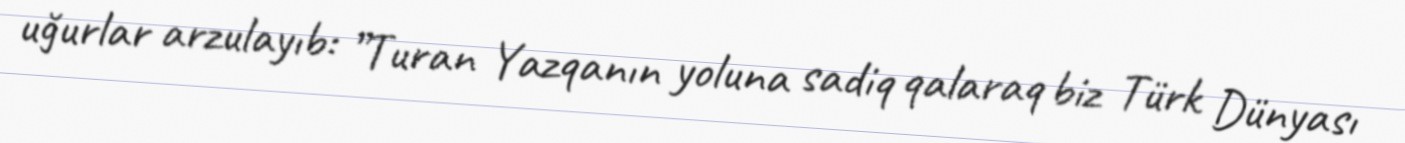
uğurlar arzulayıb: ”Turan Yazqanın yoluna sadiq qalaraq biz Türk Dünyası